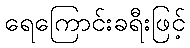
ရေကြောင်းခရီးဖြင့်